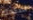
لصالحك